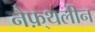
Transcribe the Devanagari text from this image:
नैफ़्थलीन